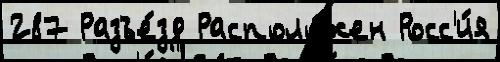
287 Разъе́зд Располо́жен Росс'и́я